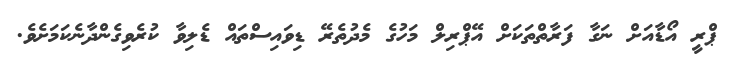
ޕްރީ އޯޑާއަށް ނަގާ ފަރާތްތަކަށް އޭޕްރިލް މަހުގެ މެދުތެރޭ ޑިވައިސްތައް ޑެލިވާ ކުރެވިގެންދާނެކަމަށެވެ.